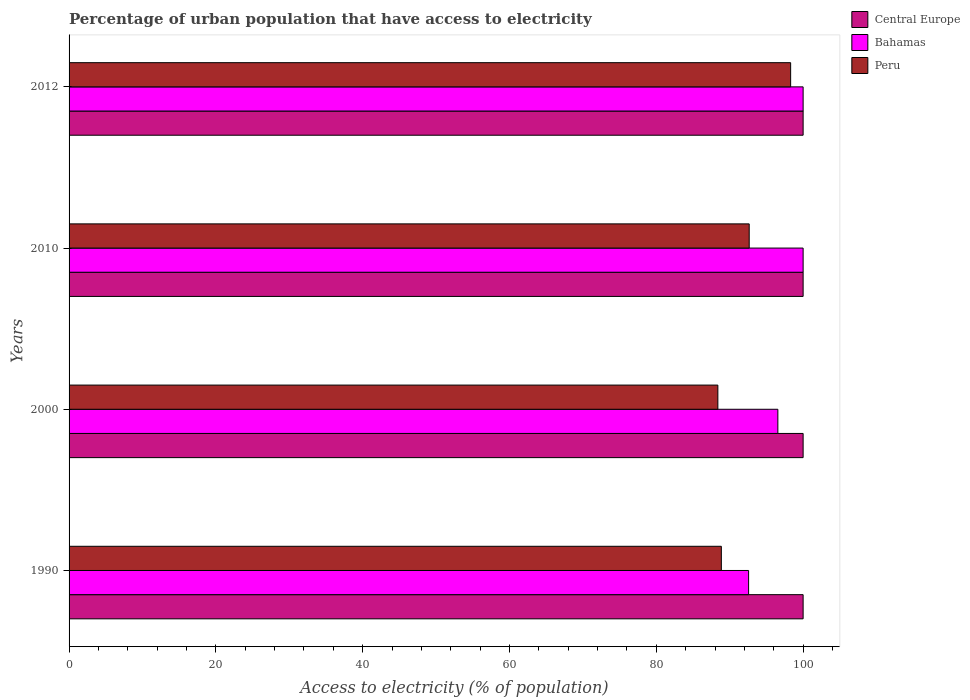
| Years | Central Europe | Bahamas | Peru |
 | --- | --- | --- | --- |
 | 1990 | 100 | 92.6 | 88.9 |
 | 2000 | 100 | 96.6 | 88.4 |
 | 2010 | 100 | 100 | 92.7 |
 | 2012 | 100 | 100 | 98.3 |